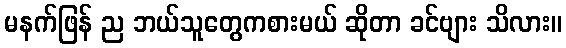
မနက်ဖြန် ည ဘယ်သူတွေကစားမယ် ဆိုတာ ခင်ဗျား သိလား။